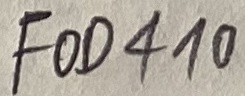
Text: FOD410